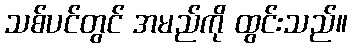
သစ်ပင်တွင် အမည်ကို ထွင်းသည်။